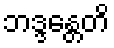
ဘဒ္ဒန္တေတိ